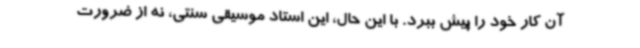
آن کار خود را پیش ببرد. با این حال، این استاد موسیقی سنتی، نه از ضرورت